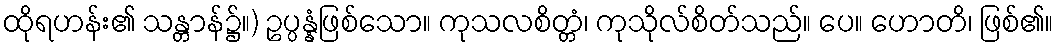
ထိုရဟန်း၏ သန္တာန်၌။) ဥပ္ပန္နံဖြစ်သော။ ကုသလစိတ္တံ၊ ကုသိုလ်စိတ်သည်။ ပေ။ ဟောတိ၊ ဖြစ်၏။